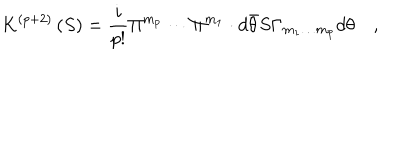
LaTeX: K ^ { \left( p + 2 \right) } \left( S \right) = \frac i { p ! } \Pi ^ { m _ { p } } \cdots \Pi ^ { m _ { 1 } } \cdot d \bar { \theta } S \Gamma _ { m _ { 1 } \ldots m _ { p } } d \theta \quad ,